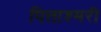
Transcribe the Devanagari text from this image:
पित्ताश्मरी